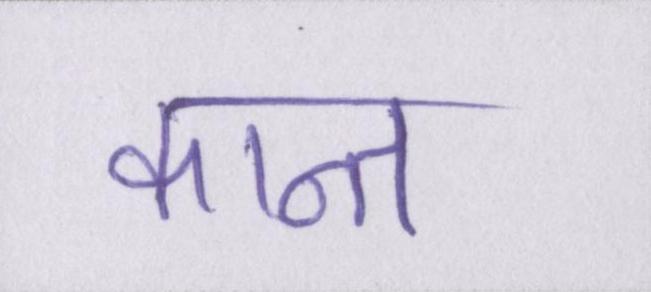
कान्त